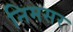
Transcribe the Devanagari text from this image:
निमसर